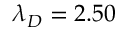
\lambda _ { D } = 2 . 5 0